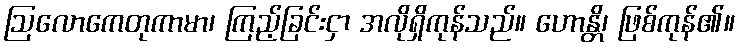
ဩလောကေတုကာမာ၊ ကြည့်ခြင်းငှာ အလိုရှိကုန်သည်။ ဟောန္တိ၊ ဖြစ်ကုန်၏။